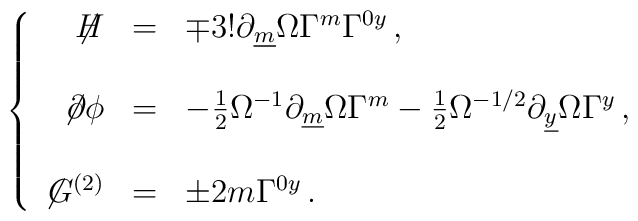
\left\{\begin{array}{rcl}\not\!\! H & = & \mp 3! \partial_{\underline{m}} \Omega \Gamma^{m} \Gamma^{0y}\, ,\\& & \\\not\!\partial\phi & = & -{\textstyle\frac{1}{2}} \Omega^{-1} \partial_{\underline{m}} \Omega \Gamma^{m}-{\textstyle\frac{1}{2}} \Omega^{-1/2} \partial_{\underline{y}} \Omega \Gamma^{y}\, ,\\& & \\\not\! G^{(2)} & = & \pm 2m \Gamma^{0y}\, .\\\end{array}\right.